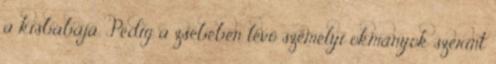
a kisbabája. Pedig a zsebében lévő személyi okmányok szerint